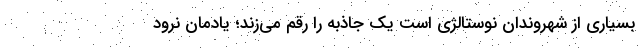
بسیاری از شهروندان نوستالژی است یک جاذبه را رقم می‌زند؛ یادمان نرود